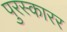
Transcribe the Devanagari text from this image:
पुरस्कारर